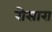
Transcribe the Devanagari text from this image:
रोसारा